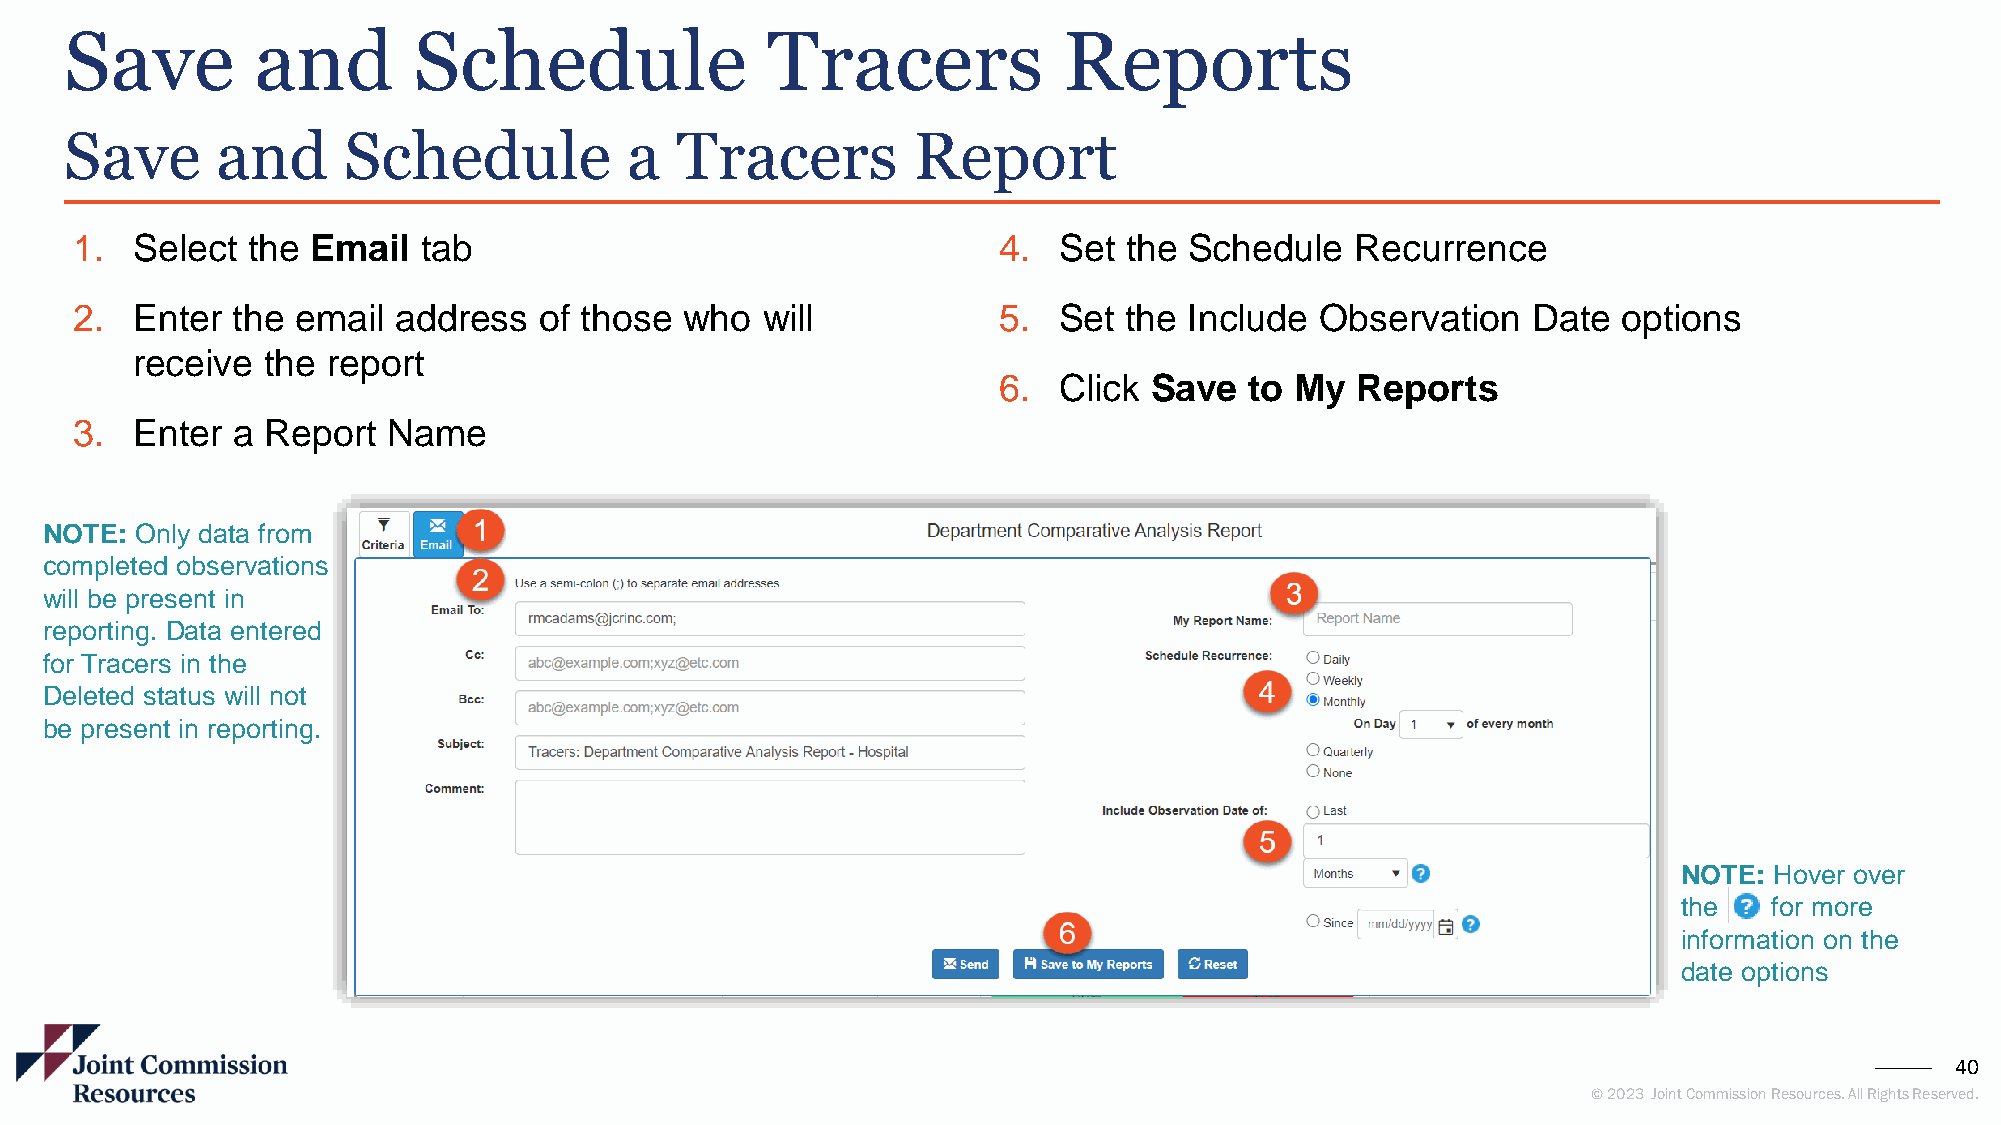
Save         and       Schedule                Tracers            Reports
 Save      and      Schedule          a   Tracers        Report
 1.  Select the  Email  tab                                   4.  Set the  Schedule   Recurrence
 2.  Enter the  email address   of those who  will            5.  Set the  Include Observation   Date  options
 receive the  report
 6.  Click Save   to My  Reports
 3.  Enter a Report   Name
 NOTE: Only data from
 completed observations
 will be present in
 reporting. Data entered
 for Tracers in the
 Deleted status will not
 be present in reporting.
 NOTE: Hover over
 the   for more
 information on the
 date options
 40
 © 2023 Joint Commission Resources. All Rights Reserved.